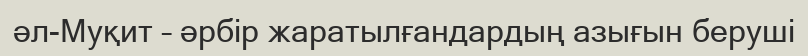
әл-Муқит – әрбір жаратылғандардың азығын беруші